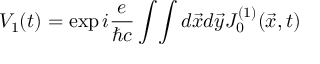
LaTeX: V _ { 1 } ( t ) = \exp i { \frac { e } { \hbar c } } \int \! \int d \vec { x } d \vec { y } J _ { 0 } ^ { ( 1 ) } ( \vec { x } , t )